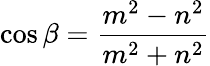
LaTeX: \cos{\beta}={\frac{m^{2}-n^{2}}{m^{2}+n^{2}}}